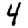
Digit: 4